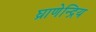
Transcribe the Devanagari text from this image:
घ्राणेन्द्रिय